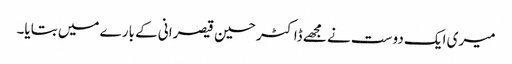
میری ایک دوست نے مجھے ڈاکٹر حسین قیصرانی کے بارے میں بتایا۔